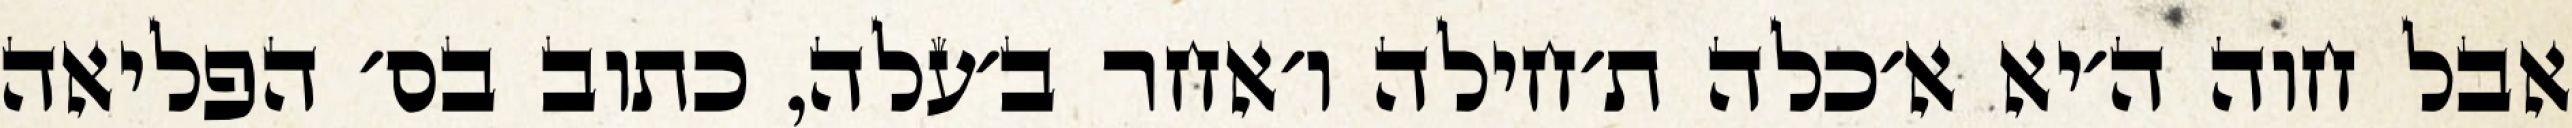
אבל חוה ה׳יא א׳כלה ת׳חילה ו׳אחר ב׳עלה, כתוב בס׳ הפליאה